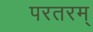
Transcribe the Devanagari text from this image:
परतरम्